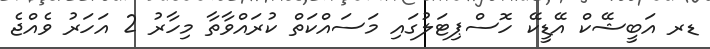
ޑރ އަބީޝޭކް އޭޑީކޭ ހޮސްޕިޓަލުގައި މަސައްކަތް ކުރައްވާތާ މިހާރު 2 އަހަރު ވެއްޖެ